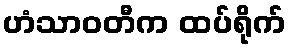
ဟံသာဝတီက ထပ်ရိုက်